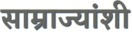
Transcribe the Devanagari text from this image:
साम्राज्यांशी